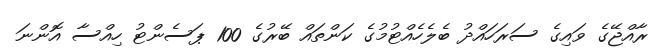
ރާއްޖޭގެ ވައިގެ ސަރަހައްދު ބެލެހެއްޓުމުގެ ކަންތައް ބޭރުގެ 100 ޕަސެންޓު ހިއްސާ އޮންނަ